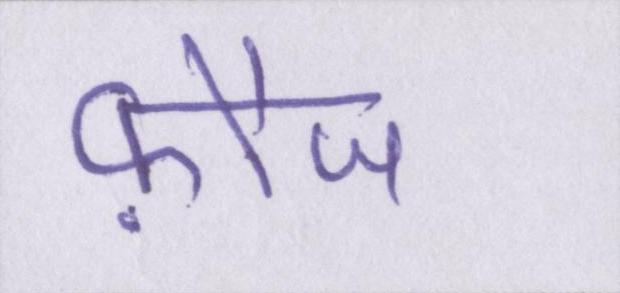
फ़ौज